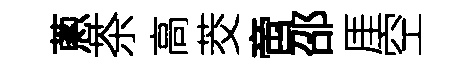
蔥茶高茭啻邵厓空